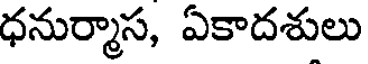
ధనుర్మాస, ఏకాదశులు